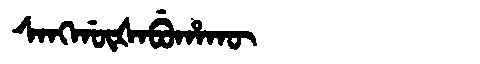
Manchu: ᠰᠠᠩᡤᡡᡧᠠᠪᡠᡥᠠᡴᡡ
Romanization: SANGGŪŠABUHAKŪ